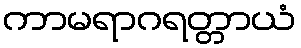
ကာမရာဂရတ္တာယံ